38_143685_box_Incident_Summaries_173-233
Agency: Department of War
Page 81
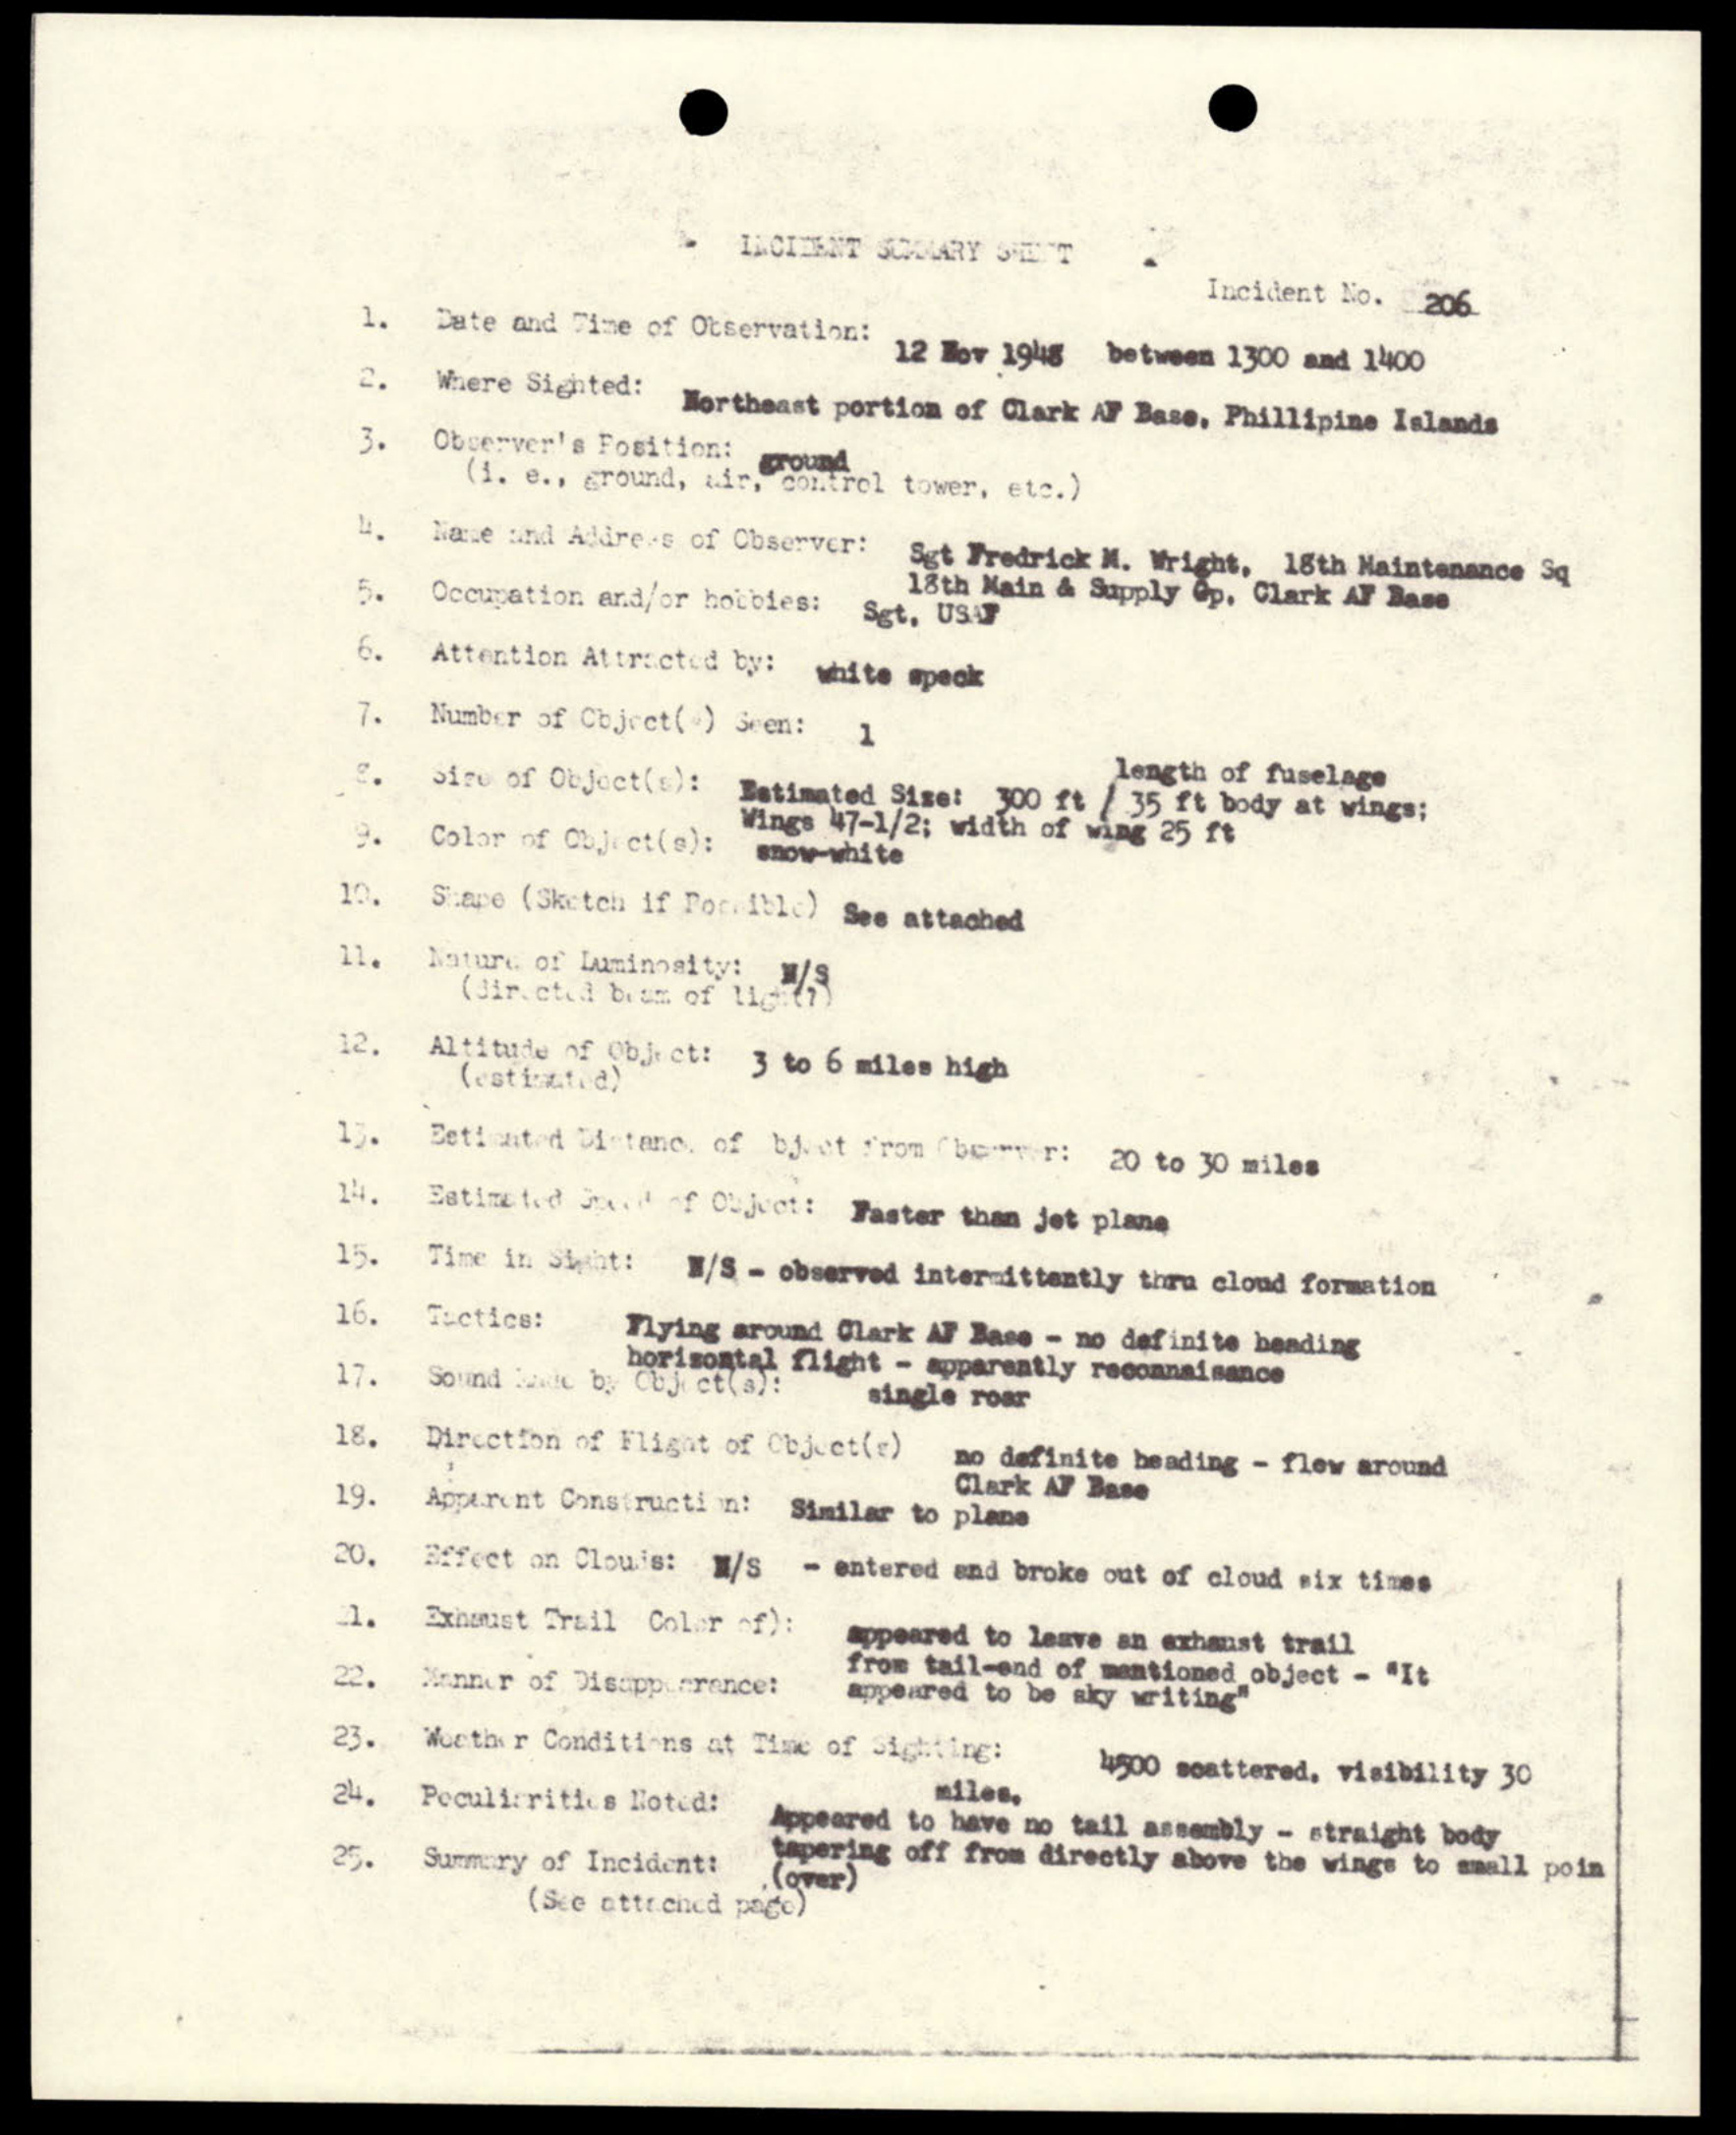